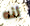
أنه